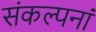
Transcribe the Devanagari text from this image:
संकल्पनां